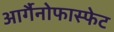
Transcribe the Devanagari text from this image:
आर्गैनोफास्फेट